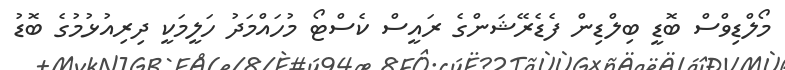
މޯލްޑިވްސް ބޮޑީ ބިލްޑިން ފެޑެރޭޝަންގެ ރައީސް ކެސްޓޯ މުހައްމަދު ހަލީމަކީ ދިރިއުޅުމުގެ ބޮޑު